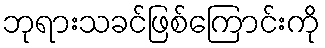
ဘုရားသခင်ဖြစ်ကြောင်းကို